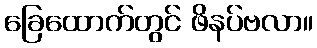
ခြေထောက်တွင် ဖိနပ်ဗလာ။